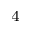
_ 4